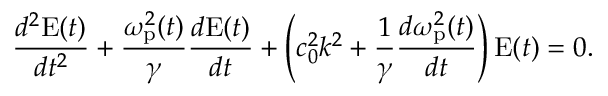
\frac { d ^ { 2 } \mathrm { E } ( t ) } { d t ^ { 2 } } + \frac { \omega _ { \mathrm { p } } ^ { 2 } ( t ) } { \gamma } \frac { d \mathrm { E } ( t ) } { d t } + \left( c _ { 0 } ^ { 2 } k ^ { 2 } + \frac { 1 } { \gamma } \frac { d \omega _ { \mathrm { p } } ^ { 2 } ( t ) } { d t } \right) \mathrm { E } ( t ) = 0 .